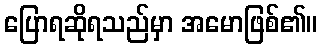
ပြောရဆိုရသည်မှာ အမောဖြစ်၏။